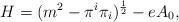
LaTeX: \begin{align*}H=(m^2-\pi ^i \pi _i )^{{1\over 2}} -eA_0,\end{align*}